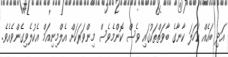
އަދި ބައެއް ކަހަލަ ކާނާގެ ބާވަތްތަކުގައި ވެސް ކޮންމެވެސް މިންވަރަކަށް އެލްމިނިއަމް އެކުލެވިގެންވެއެވެ.